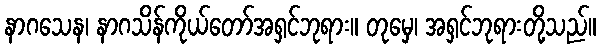
နာဂသေန၊ နာဂသိန်ကိုယ်တော်အရှင်ဘုရား။ တုမှေ၊ အရှင်ဘုရားတို့သည်။